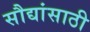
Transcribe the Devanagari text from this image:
सौद्यांसाठी